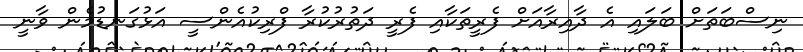
ނިސްބަތަށް ބަލައި އެ ދާއިރާއަށް ފެރީތަކާއި ފެރީ ދަތުރުކުރާ ފްރިކުއެންސީ އަޅުގަނޑުމެން ވާނީ